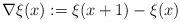
\begin{align*} \nabla\xi(x):=\xi(x+1)-\xi(x)\end{align*}